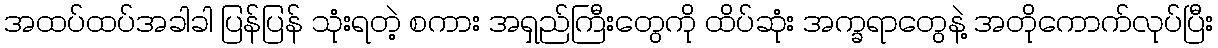
အထပ်ထပ်အခါခါ ပြန်ပြန် သုံးရတဲ့ စကား အရှည်ကြီးတွေကို ထိပ်ဆုံး အက္ခရာတွေနဲ့ အတိုကောက်လုပ်ပြီး